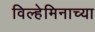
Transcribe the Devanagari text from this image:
विल्हेमिनाच्या